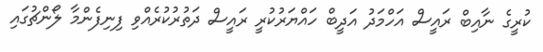
ކުރީގެ ނާއިބް ރައީސް އަހްމަދު އަދީބް ހައްޔަރުކުރީ ރައީސް ދަތުުރުކުރެއްވި ފިނިފެންމާ ލޯންޗުގައި